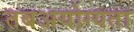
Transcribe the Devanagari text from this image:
तबअयोग्यता